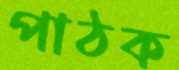
পাঠক